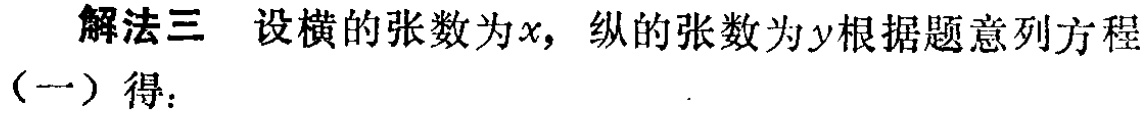
解法三 设横的张数为\(x\)，纵的张数为\(y\)根据题意列方程（一）得：